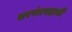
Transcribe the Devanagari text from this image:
सरपंचपदाची